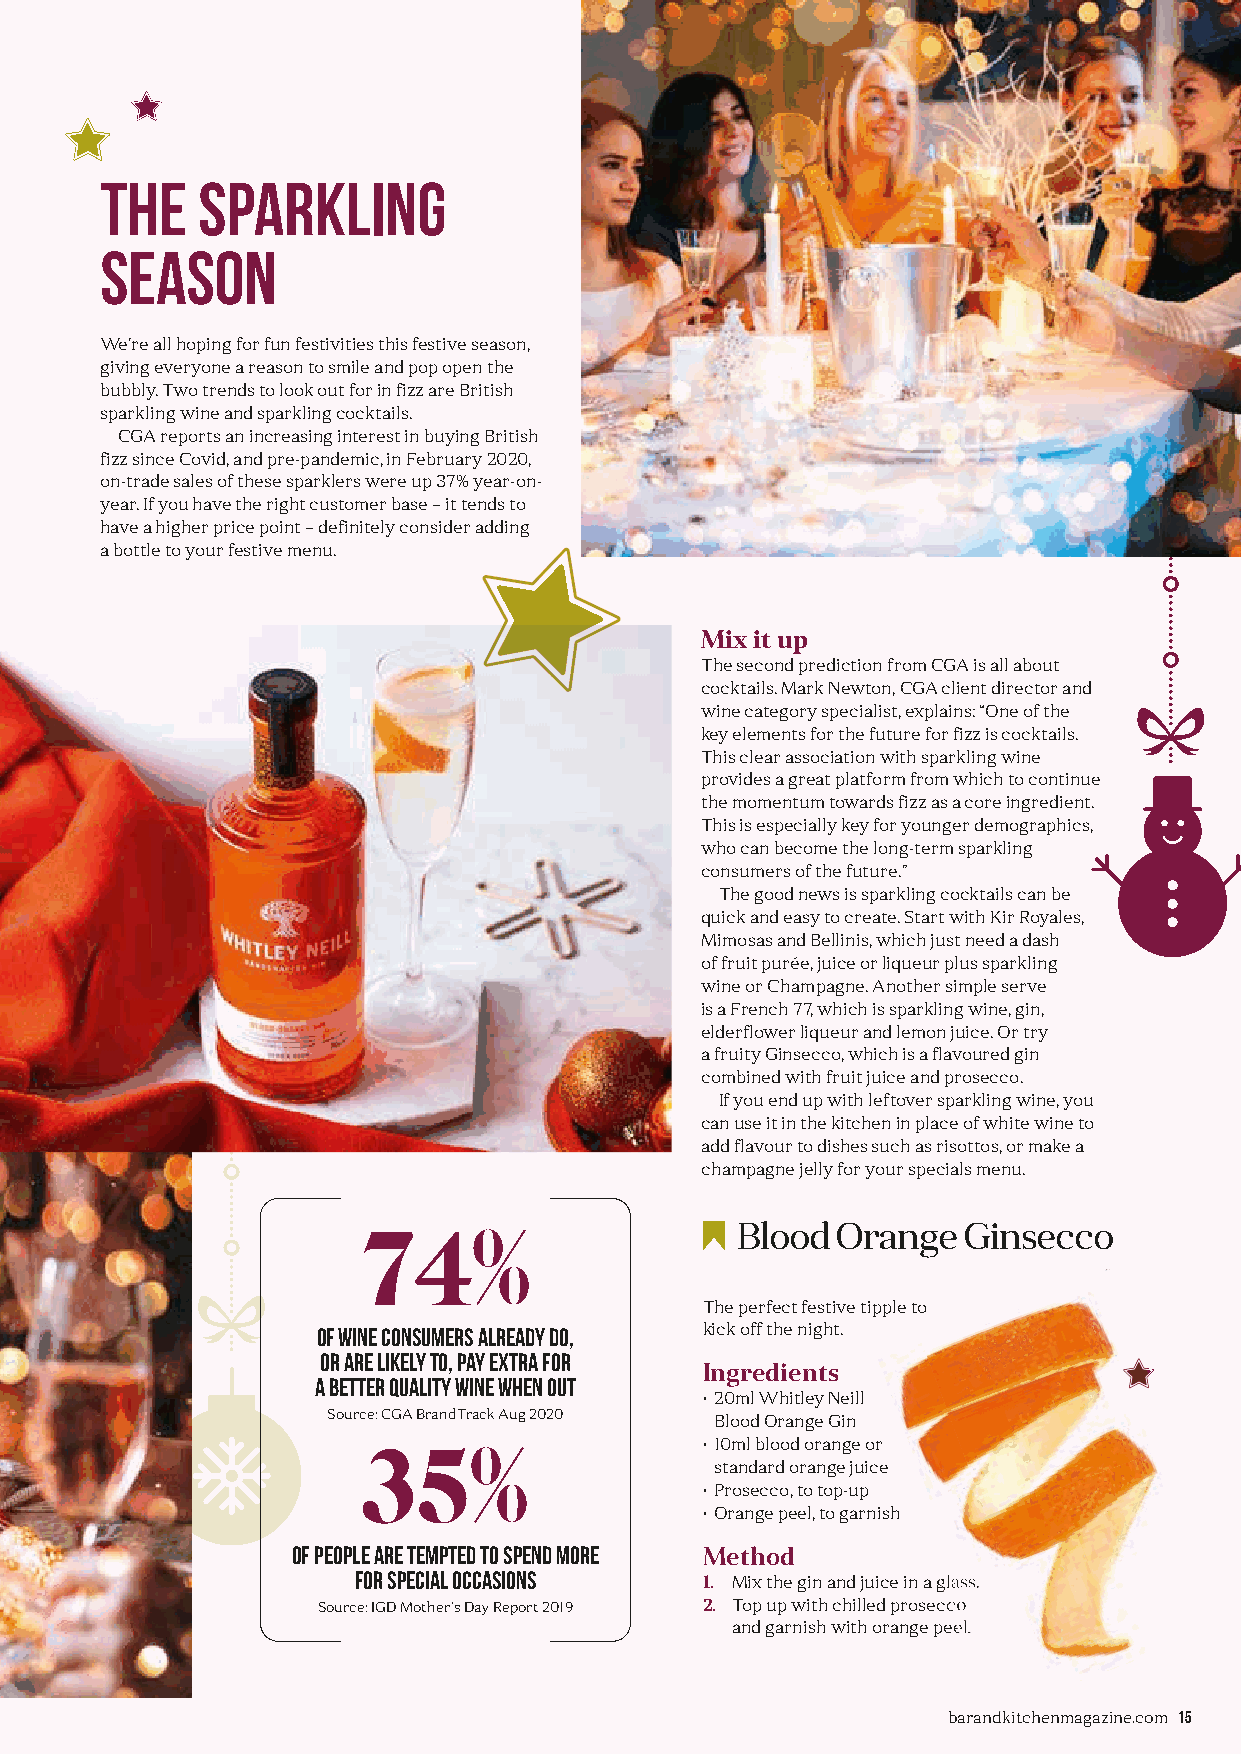
The   sparkling
 season
 We’re all hoping for fun festivities this festive season,
 giving everyone a reason to smile and pop open the
 bubbly. Two trends to look out for in fizz are British
 sparkling wine and sparkling cocktails.
 CGA reports an increasing interest in buying British
 fizz since Covid, and pre-pandemic, in February 2020,
 on-trade sales of these sparklers were up 37% year-on-
 year. If you have the right customer base – it tends to
 have a higher price point – definitely consider adding
 a bottle to your festive menu.
 Mix it up
 The second prediction from CGA is all about
 cocktails. Mark Newton, CGA client director and
 wine category specialist, explains: “One of the
 key elements for the future for fizz is cocktails.
 This clear association with sparkling wine
 provides a great platform from which to continue
 the momentum towards fizz as a core ingredient.
 This is especially key for younger demographics,
 who can become the long-term sparkling
 consumers of the future.”
 The good news is sparkling cocktails can be
 quick and easy to create. Start with Kir Royales,
 Mimosas and Bellinis, which just need a dash
 of fruit purée, juice or liqueur plus sparkling
 wine or Champagne. Another simple serve
 is a French 77, which is sparkling wine, gin,
 elderflower liqueur and lemon juice. Or try
 a fruity Ginsecco, which is a flavoured gin
 combined with fruit juice and prosecco.
 If you end up with leftover sparkling wine, you
 can use it in the kitchen in place of white wine to
 add flavour to dishes such as risottos, or make a
 champagne jelly for your specials menu.
 74%                      Blood  Orange  Ginsecco
 The perfect festive tipple to
 of wine consumers already do, kick off the night.
 or are likely to, pay extra for
 Ingredients
 a better quality wine when out
 • 20ml Whitley Neill
 Source: CGA BrandTrack Aug 2020 Blood Orange Gin
 35%                    • 10ml blood orange or
 standard orange juice
 • Prosecco, to top-up
 • Orange peel, to garnish
 of people are tempted to spend more Method
 for special occasions  1. MMiixx tthhee ggiinn aanndd jjuuiiccee iinn aa ggllaassss..
 Source: IGD Mother’s Day Report 2019 2. TToopp uupp wwiitthh cchhiilllleedd pprroosseeccccoo
 aanndd ggaarrnniisshh wwiitthh oorraannggee ppeeeell..
 bbaarraannddkkiittcchheennmmaaggaazziinnee..ccoomm 15
 BB&&KK--iissssuuee--0088--pp1122--1155--FFoooodd--DDrriinnkk--TTrreennddss--vv66 SSUUBB..iinndddd 1155 1122//1100//22002211 1144::2288